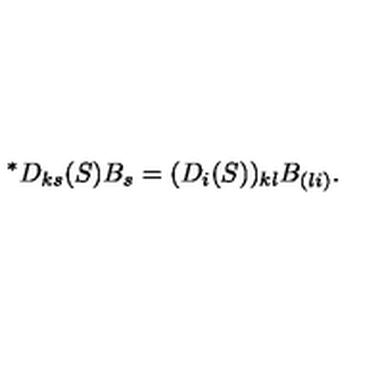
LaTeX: { } ^ { \ast } D _ { k s } ( S ) B _ { s } = ( D _ { i } ( S ) ) _ { k l } B _ { ( l i ) } .